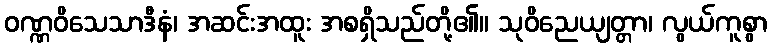
ဝဏ္ဏဝိသေသာဒီနံ၊ အဆင်းအထူး အစရှိသည်တို့၏။ သုဝိညေယျတ္တာ၊ လွယ်ကူစွာ